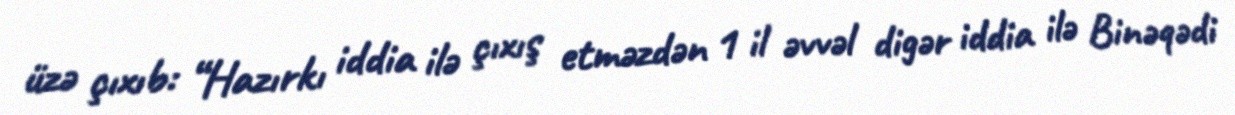
üzə çıxıb: “Hazırkı iddia ilə çıxış etməzdən 1 il əvvəl digər iddia ilə Binəqədi